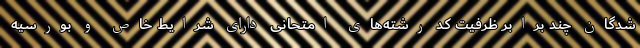
شدگان چند برابر ظرفیت کد رشته‌های امتحانی دارای شرایط خاص و بورسیه